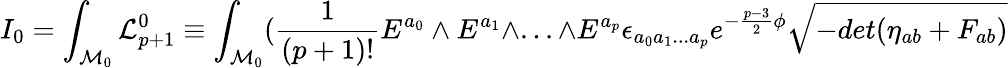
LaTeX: I_{0}=\int_{{\cal M}_{0}}{\cal L}_{p+1}^{0}\equiv\int_{{\cal M}_{0}}({\frac{1}{(p+1)!}}E^{a_{0}}\wedge E^{a_{1}}\wedge...\wedge E^{a_{p}}\epsilon_{a_{0}a_{1}...a_{p}}e^{-{\frac{p-3}{2}}\phi}\sqrt{-det(\eta_{ab}+F_{ab})}